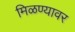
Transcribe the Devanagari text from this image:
मिळण्यावर